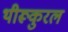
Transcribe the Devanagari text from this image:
थीरूकुरल